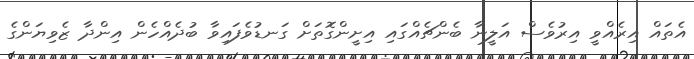
އެތައް އިރެއްވީ އިރުވެސް އަލީނާ ބެންޗެއްގައި އިށީންގޮތަށް ގަނޑުވެފައިވާ ބުދެއްހެން އިންދާ ޒެވިޔަންގެ